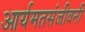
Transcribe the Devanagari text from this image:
आर्यमतसंजीवनी